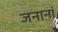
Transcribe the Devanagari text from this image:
जनानां